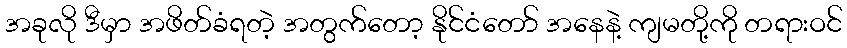
အခုလို ဒီမှာ အဖိတ်ခံရတဲ့ အတွက်တော့ နိုင်ငံတော် အနေနဲ့ ကျမတို့ကို တရားဝင်